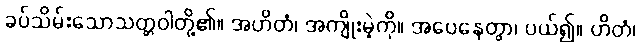
ခပ်သိမ်းသောသတ္တဝါတို့၏။ အဟိတံ၊ အကျိုးမဲ့ကို။ အပေနေတွာ၊ ပယ်၍။ ဟိတံ၊